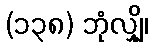
(၁၃၈) ဘုံလျှို၊